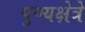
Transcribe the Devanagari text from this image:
पुण्यक्षेत्रे